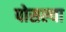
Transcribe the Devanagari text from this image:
पोसल्या